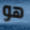
هو